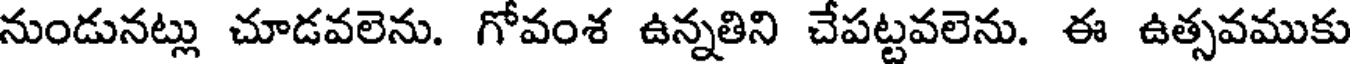
నుండునట్లు చూడవలెను. గోవంశ ఉన్నతిని చేపట్టవలెను. ఈ ఉత్సవముకు